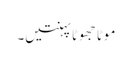
موٹا جھوٹا پہنتیں۔